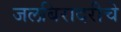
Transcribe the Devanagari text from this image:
जलबिरादरीचे